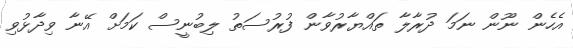
އެހެން ނޫން ނަމަ ދުރާލާ ތައްޔާރުވާން ފުރުސަތު ލިބުނީސް ކަމަށް އޭނާ ވިދާޅުވި